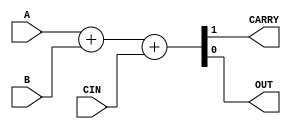
module full_adder_dataflow (A,B,CIN,CARRY,OUT);
input A,B,CIN;
output CARRY,OUT;
assign {CARRY,OUT}=A+B+CIN;
endmodule